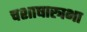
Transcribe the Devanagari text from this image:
चशाषास्त्रभा